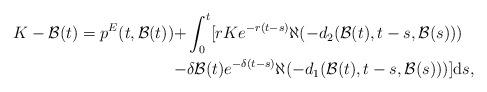
LaTeX: \begin{align*}K-\mathcal{B}(t)=p^{E}(t,\mathcal{B}(t)) +& \int_{0}^{t}[rKe^{-r(t-s)}\aleph(-d_{2}(\mathcal{B}(t),t-s,\mathcal{B}(s)))\\-&\delta \mathcal{B}(t) e^{-\delta (t-s)}\aleph(-d_{1}(\mathcal{B}(t),t-s,\mathcal{B}(s)))]\mathrm{d}s,\end{align*}